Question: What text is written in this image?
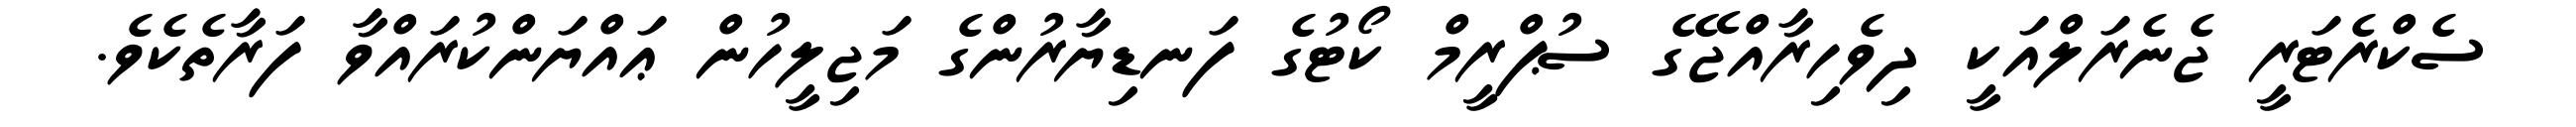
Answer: ސެކްރެޓަރީ ޖެނެރަލްއަކީ ދިވެހިރާއްޖޭގެ ސުޕްރީމް ކޯޓުގެ ފަނޑިޔާރުންގެ މަޖިލީހުން ޢައްޔަންކުރައްވާ ފަރާތެކެވެ.